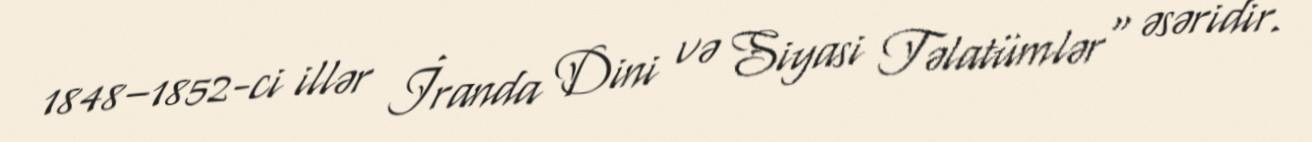
1848–1852-ci illər İranda Dini və Siyasi Təlatümlər" əsəridir.